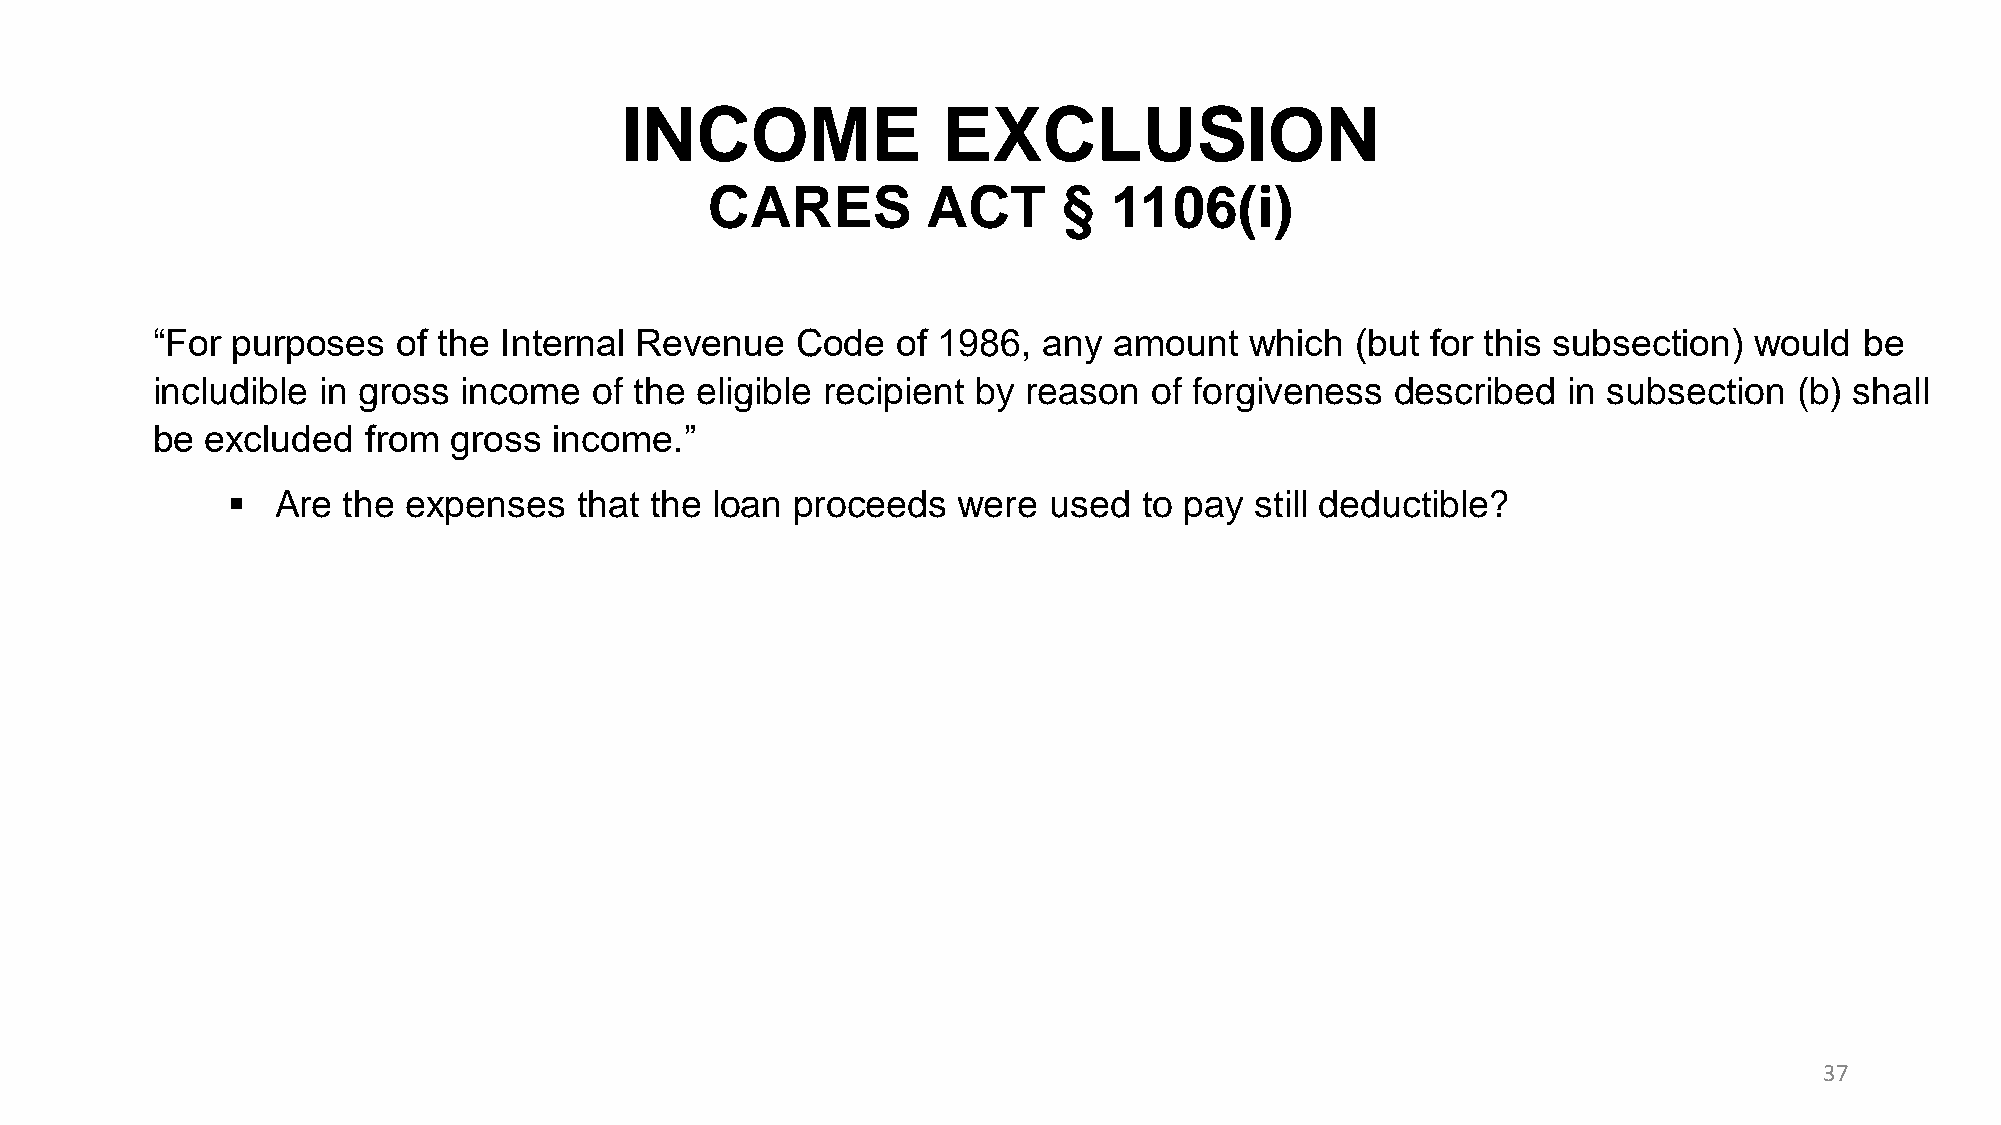
INCOME               EXCLUSION
 CARES         ACT      §   1106(i)
 “For purposes   of the Internal Revenue    Code  of 1986,  any  amount   which  (but for this subsection) would  be
 includible in gross income   of the eligible recipient by reason  of forgiveness  described   in subsection  (b) shall
 be  excluded  from  gross  income.”
 ▪  Are  the expenses   that the loan  proceeds  were  used   to pay still deductible?
 37